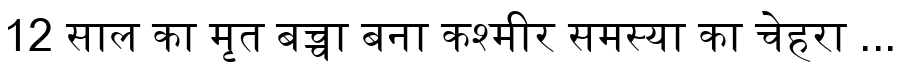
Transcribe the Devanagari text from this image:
12 साल का मृत बच्चा बना कश्मीर समस्या का चेहरा ...